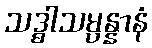
သဒ္ဓါသမ္ပန္နာနံ